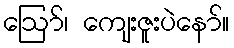
ဪ၊ ကျေးဇူးပဲနော်။